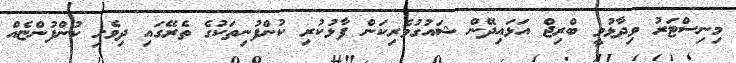
މިނިސްޓަރު ވިދާޅުވީ ބްރިޖް އަޅައިދޭން ޝައުގުވެރިކަން ފާޅުކުރި ކުންފުނިތަކުގެ ތެރޭގައި ދިވެހި ކުންފުންޏެއް